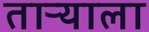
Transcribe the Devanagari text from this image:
ताऱ्‍याला